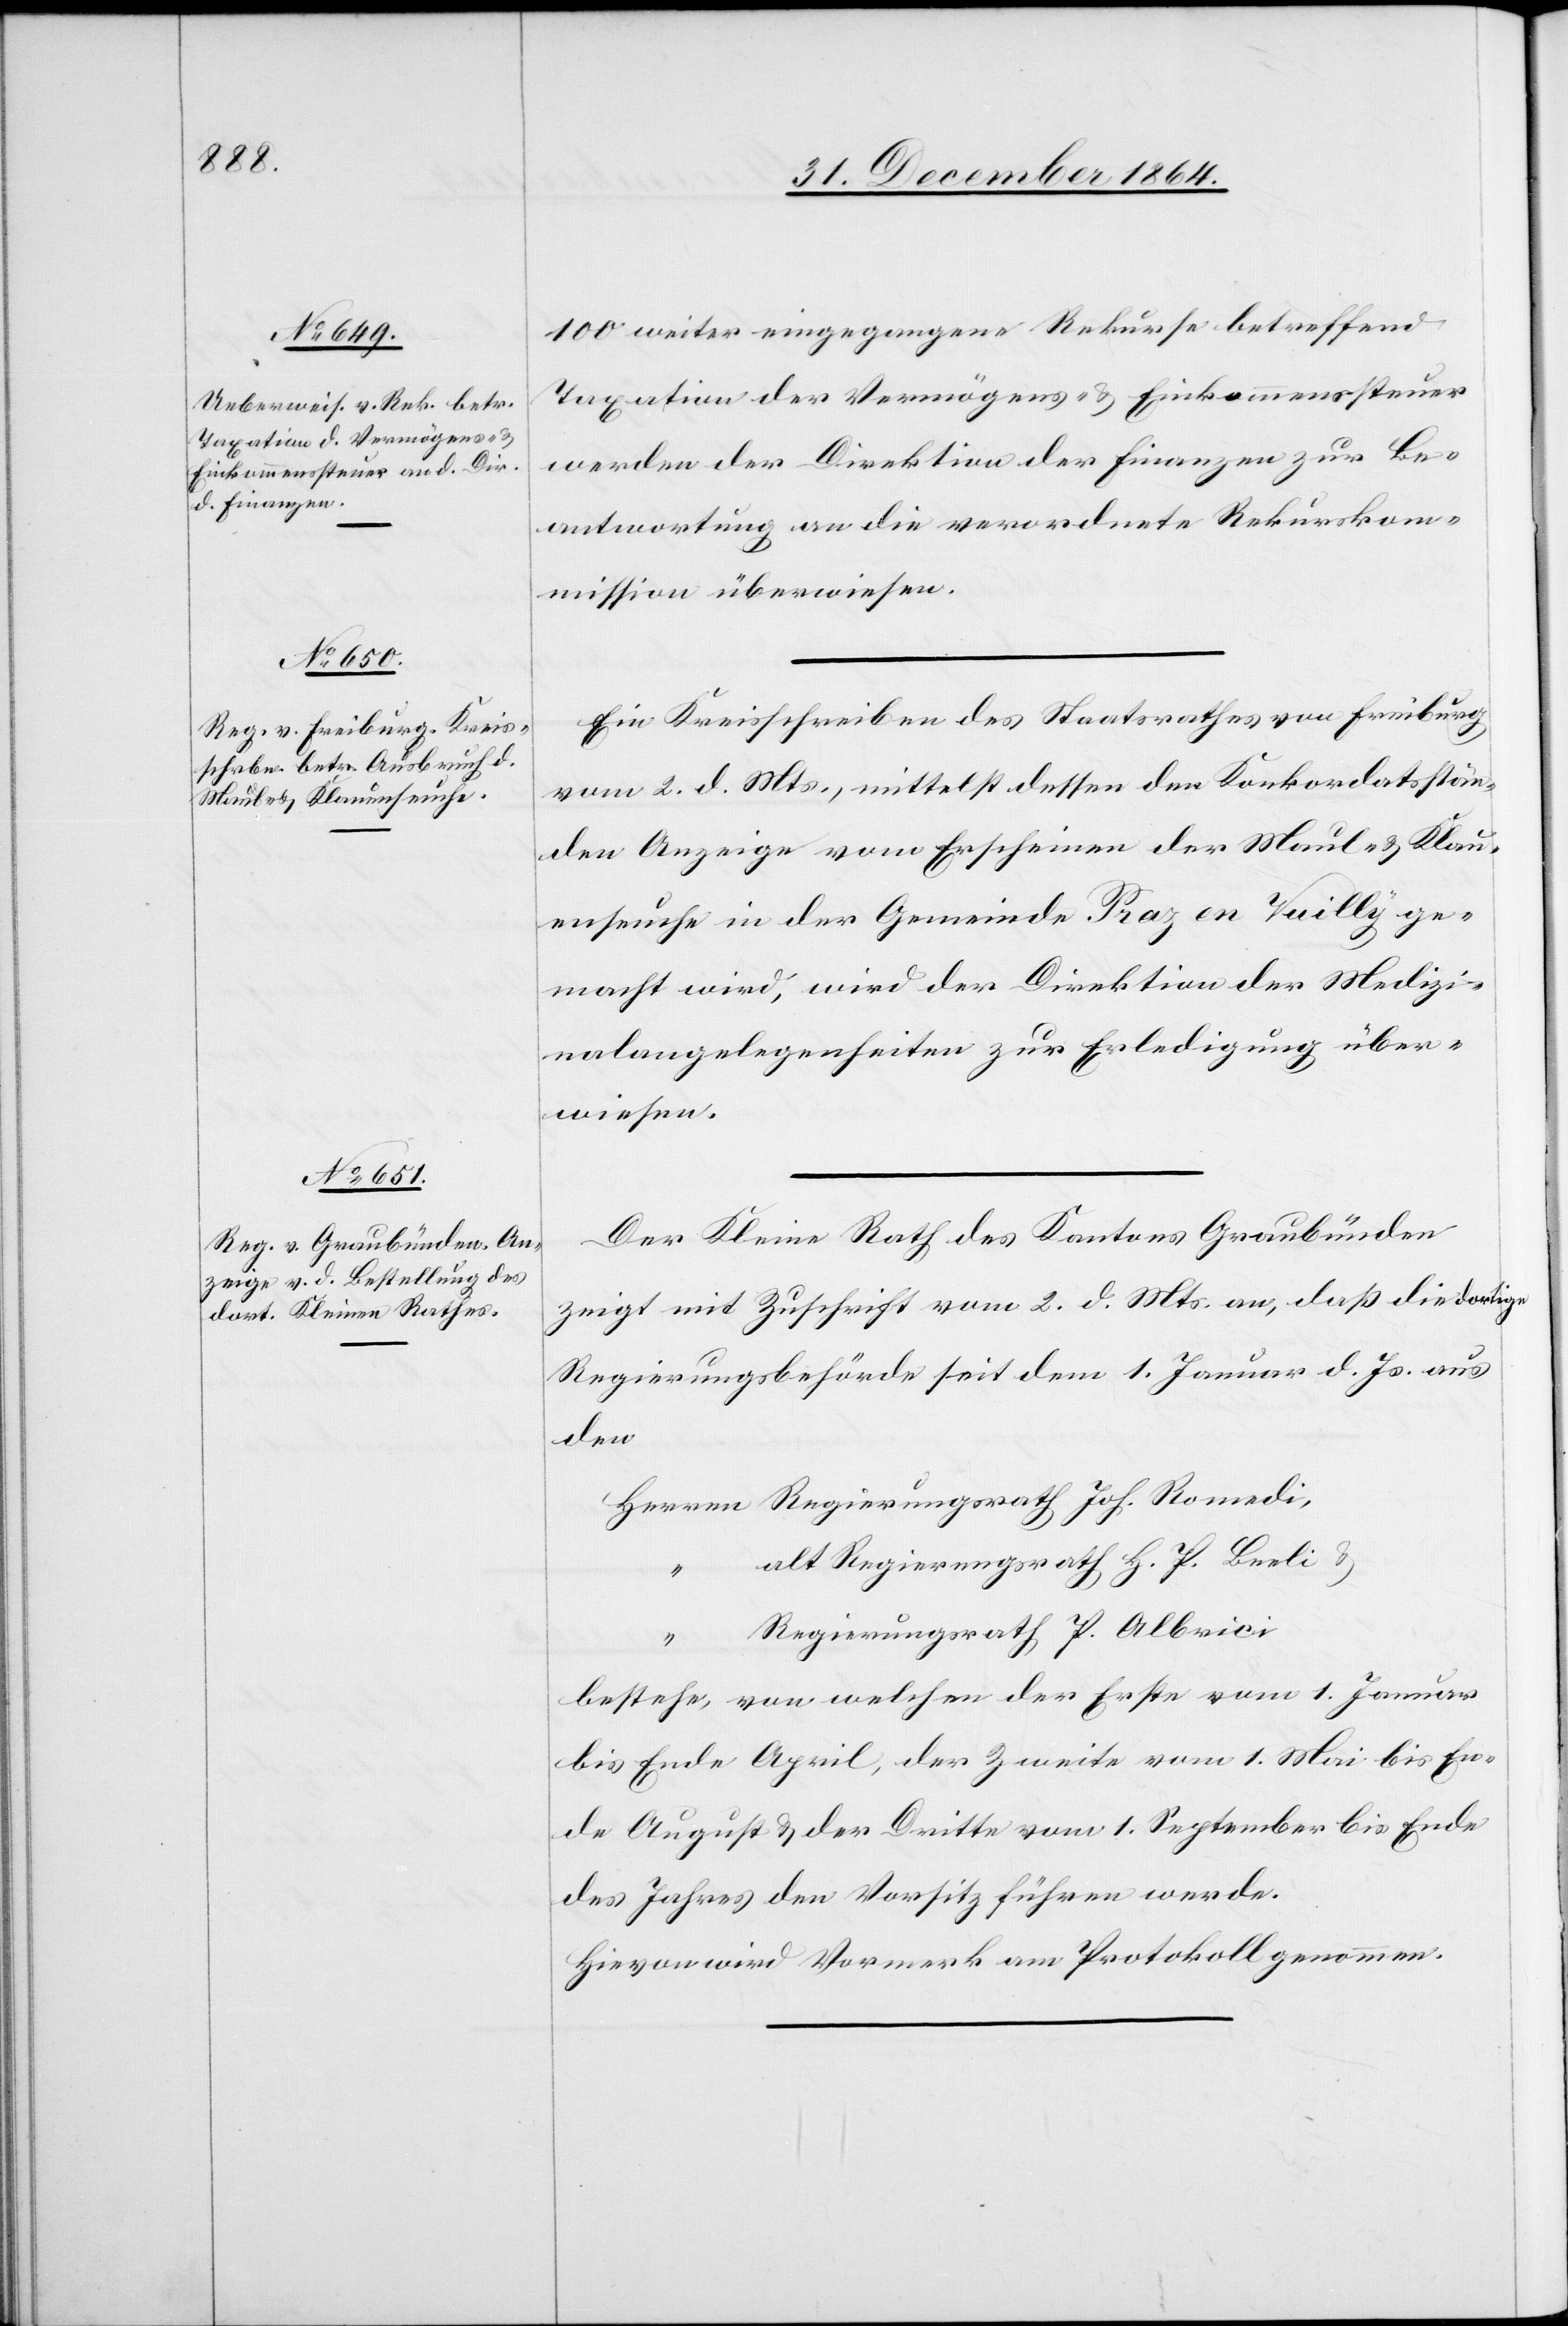
5. Januar 1865.]
100 weiter eingegangene Rekurse betreffend
Taxation der Vermögens- & Einkommenssteuer
werden der Direktion der Finanzen zur Be¬
antwortung an die verordnete Rekurskom¬
mission überwiesen.
Ein Kreisschreiben des Staatsrathes von Freiburg
vom 2. d. Mts., mittelst dessen den Konkordatsstän¬
den Anzeige vom Erscheinen der Maul- & Klau¬
enseuche in der Gemeinde Paz en Vuilly
gemacht wird, wird der Direktion der Medizi¬
nalangelegenheiten zur Erledigung über¬
wiesen.
Der Kleine Rath des Kantons Graubünden
zeigt mit Zuschrift vom 2. d. Mts. an, daß die dortige
Regierungsbehörde seit dem 1. Januar d. Js. aus
den
alt Regierungsrath H. P. Beeli &
“
Regierungsrath P. Albrici
bestehe, von welchen der Erste vom 1. Januar
bis Ende April, der Zweite vom 1. Mai bis En¬
de August & der Dritte vom 1. September bis Ende
des Jahres den Vorsitz führen werde.
Hievon wird Vormerk am Protokoll genommen.